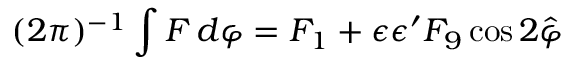
( 2 \pi ) ^ { - 1 } \int F \, d \varphi = F _ { 1 } + \epsilon \epsilon ^ { \prime } F _ { 9 } \cos 2 \hat { \varphi }